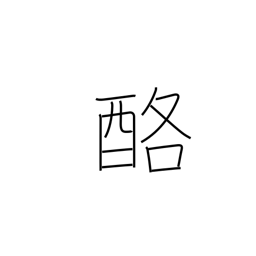
Meaning: dairy products